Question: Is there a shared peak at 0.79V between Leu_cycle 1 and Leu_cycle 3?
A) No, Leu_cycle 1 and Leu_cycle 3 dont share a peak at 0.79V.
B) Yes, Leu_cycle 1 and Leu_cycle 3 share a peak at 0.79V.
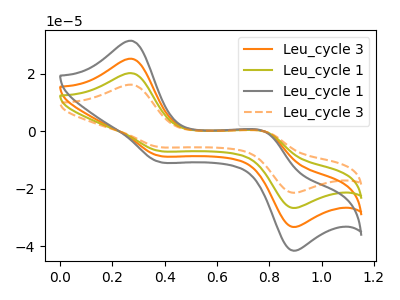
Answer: <think>The orange curve "Leu_cycle 3" has anodic peaks at (0.25V, 40.40uA) (0.80V, -0.65uA) and cathodic peaks at (0.35V, -13.40uA) (0.90V, -52.90uA). The olive curve "Leu_cycle 1" has anodic peaks at (0.25V, 20.20uA) (0.80V, -0.30uA) and cathodic peaks at (0.35V, -6.70uA) (0.90V, -26.45uA). The gray curve "Leu_cycle 1" has anodic peaks at (0.25V, 60.60uA) (0.80V, -0.95uA) and cathodic peaks at (0.35V, -20.10uA) (0.90V, -79.35uA). The orange dashed curve "Leu_cycle 3" has anodic peaks at (0.25V, 16.20uA) (0.80V, -0.25uA) and cathodic peaks at (0.35V, -5.35uA) (0.90V, -21.20uA).</think>
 <answer>B) Yes, "Leu_cycle 1" and "Leu_cycle 3" share a peak at 0.79V.</answer>
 <eval>B</eval>